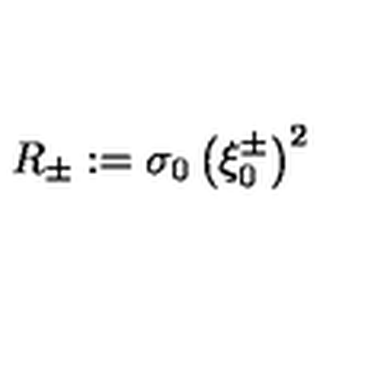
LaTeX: R _ { \pm } : = \sigma _ { 0 } \left( \xi _ { 0 } ^ { \pm } \right) ^ { 2 }